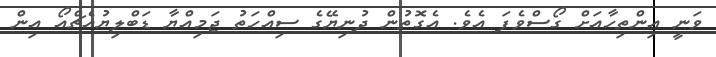
ވަނީ އިންތިހާއަށް ގޯސްވެފަ އެވެ. އެގޮތުން ދުނިޔޭގެ ސިއްހަތު ޖަމިއްޔާ ޑަބްލިޔުއެޗްއޯ އިން